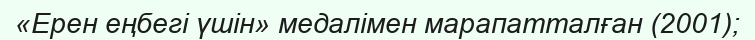
«Ерен еңбегі үшін» медалімен марапатталған (2001);